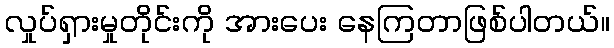
လှုပ်ရှားမှုတိုင်းကို အားပေး နေကြတာဖြစ်ပါတယ်။